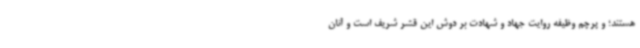
هستند؛ و پرچم وظیفه روایت جهاد و شهادت بر دوش این قشر شریف است و آنان